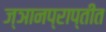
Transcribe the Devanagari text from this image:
ज्ञानप्राप्तीत